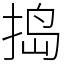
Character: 捣